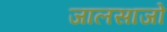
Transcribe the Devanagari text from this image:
जालसाजो